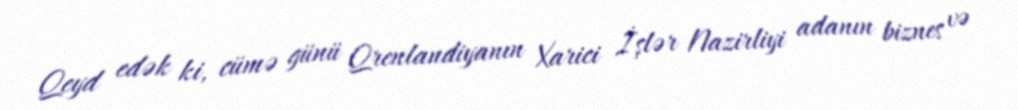
Qeyd edək ki, cümə günü Qrenlandiyanın Xarici İşlər Nazirliyi adanın biznes və